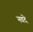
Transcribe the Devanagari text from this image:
नवदे